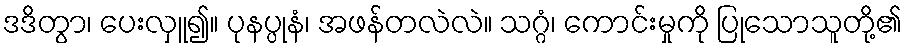
ဒဒိတွာ၊ ပေးလှူ၍။ ပုနပ္ပုနံ၊ အဖန်တလဲလဲ။ သဂ္ဂံ၊ ကောင်းမှုကို ပြုသောသူတို့၏